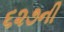
૬૨૭ની